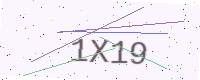
Text: 1X19